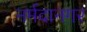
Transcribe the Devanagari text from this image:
नर्मदानगर